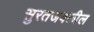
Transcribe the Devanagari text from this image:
सुरतजवळील